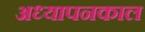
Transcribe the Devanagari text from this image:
अध्यापनकाल